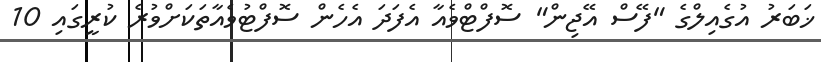
ޚަބަރު އުގެއިލްގެ "ފޭސް އޭޖިން" ސޮފްޓްވެއާ އެފަދަ އެހެން ސޮފްޓުވެއާތަކަށްވުރެ ކުރީގައި 10